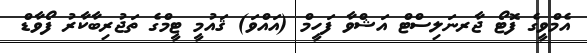
އެމްވީގެ ފޮޓޯ ޖާރނަލިސްޓް އަޝްވާ ފަހީމް (އައްވަ) ޤައުމީ ޓީމްގެ ތަޖުރިބާކާރު ފޯވާޑް